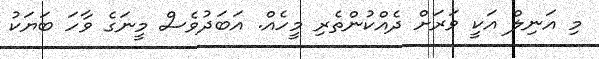
މި އަނިލް އަކީ ވަރަށް ދެއްކުންތެރި މީހެއް. އަބަދުވެސް މީނަގެ ވާހަ ބަޔަކު